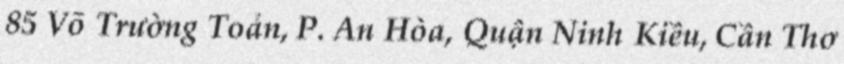
85 Võ Trường Toản, P. An Hòa, Quận Ninh Kiều, Cần Thơ